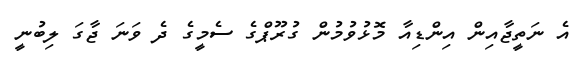
އެ ނަތީޖާއިން އިންޑިއާ މޮޅުވުމުން ގުރޫޕްގެ ސެމީގެ ދެ ވަނަ ޖާގަ ލިބުނީ